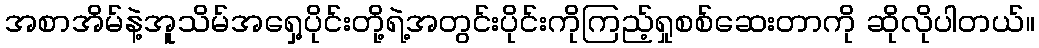
အစာအိမ်နဲ့အူသိမ်အရှေ့ပိုင်းတို့ရဲ့အတွင်းပိုင်းကိုကြည့်ရှုစစ်ဆေးတာကို ဆိုလိုပါတယ်။